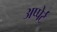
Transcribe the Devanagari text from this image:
अप्पेर्ट